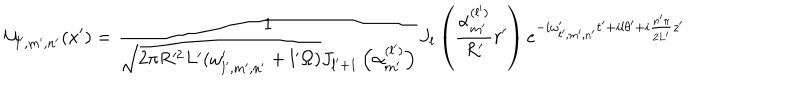
{ \cal U } _ { l ^ { \prime } , m ^ { \prime } , n ^ { \prime } } ( x ^ { \prime } ) = \frac 1 { \sqrt { 2 \pi R ^ { 2 } L ^ { \prime } ( \omega _ { l ^ { \prime } , m ^ { \prime } , n ^ { \prime } } ^ { \prime } + l ^ { \prime } \Omega ) } J _ { l ^ { \prime } + 1 } \left( \alpha _ { m ^ { \prime } } ^ { ( l ^ { \prime } ) } \right) } J _ { l } \left( \frac { \alpha _ { m ^ { \prime } } ^ { ( l ^ { \prime } ) } } { R ^ { \prime } } r ^ { \prime } \right) e ^ { - i \omega _ { l ^ { \prime } , m ^ { \prime } , n ^ { \prime } } ^ { \prime } t ^ { \prime } + i l \theta ^ { \prime } + i \frac { n ^ { \prime } \pi } { 2 L ^ { \prime } } z ^ { \prime } }